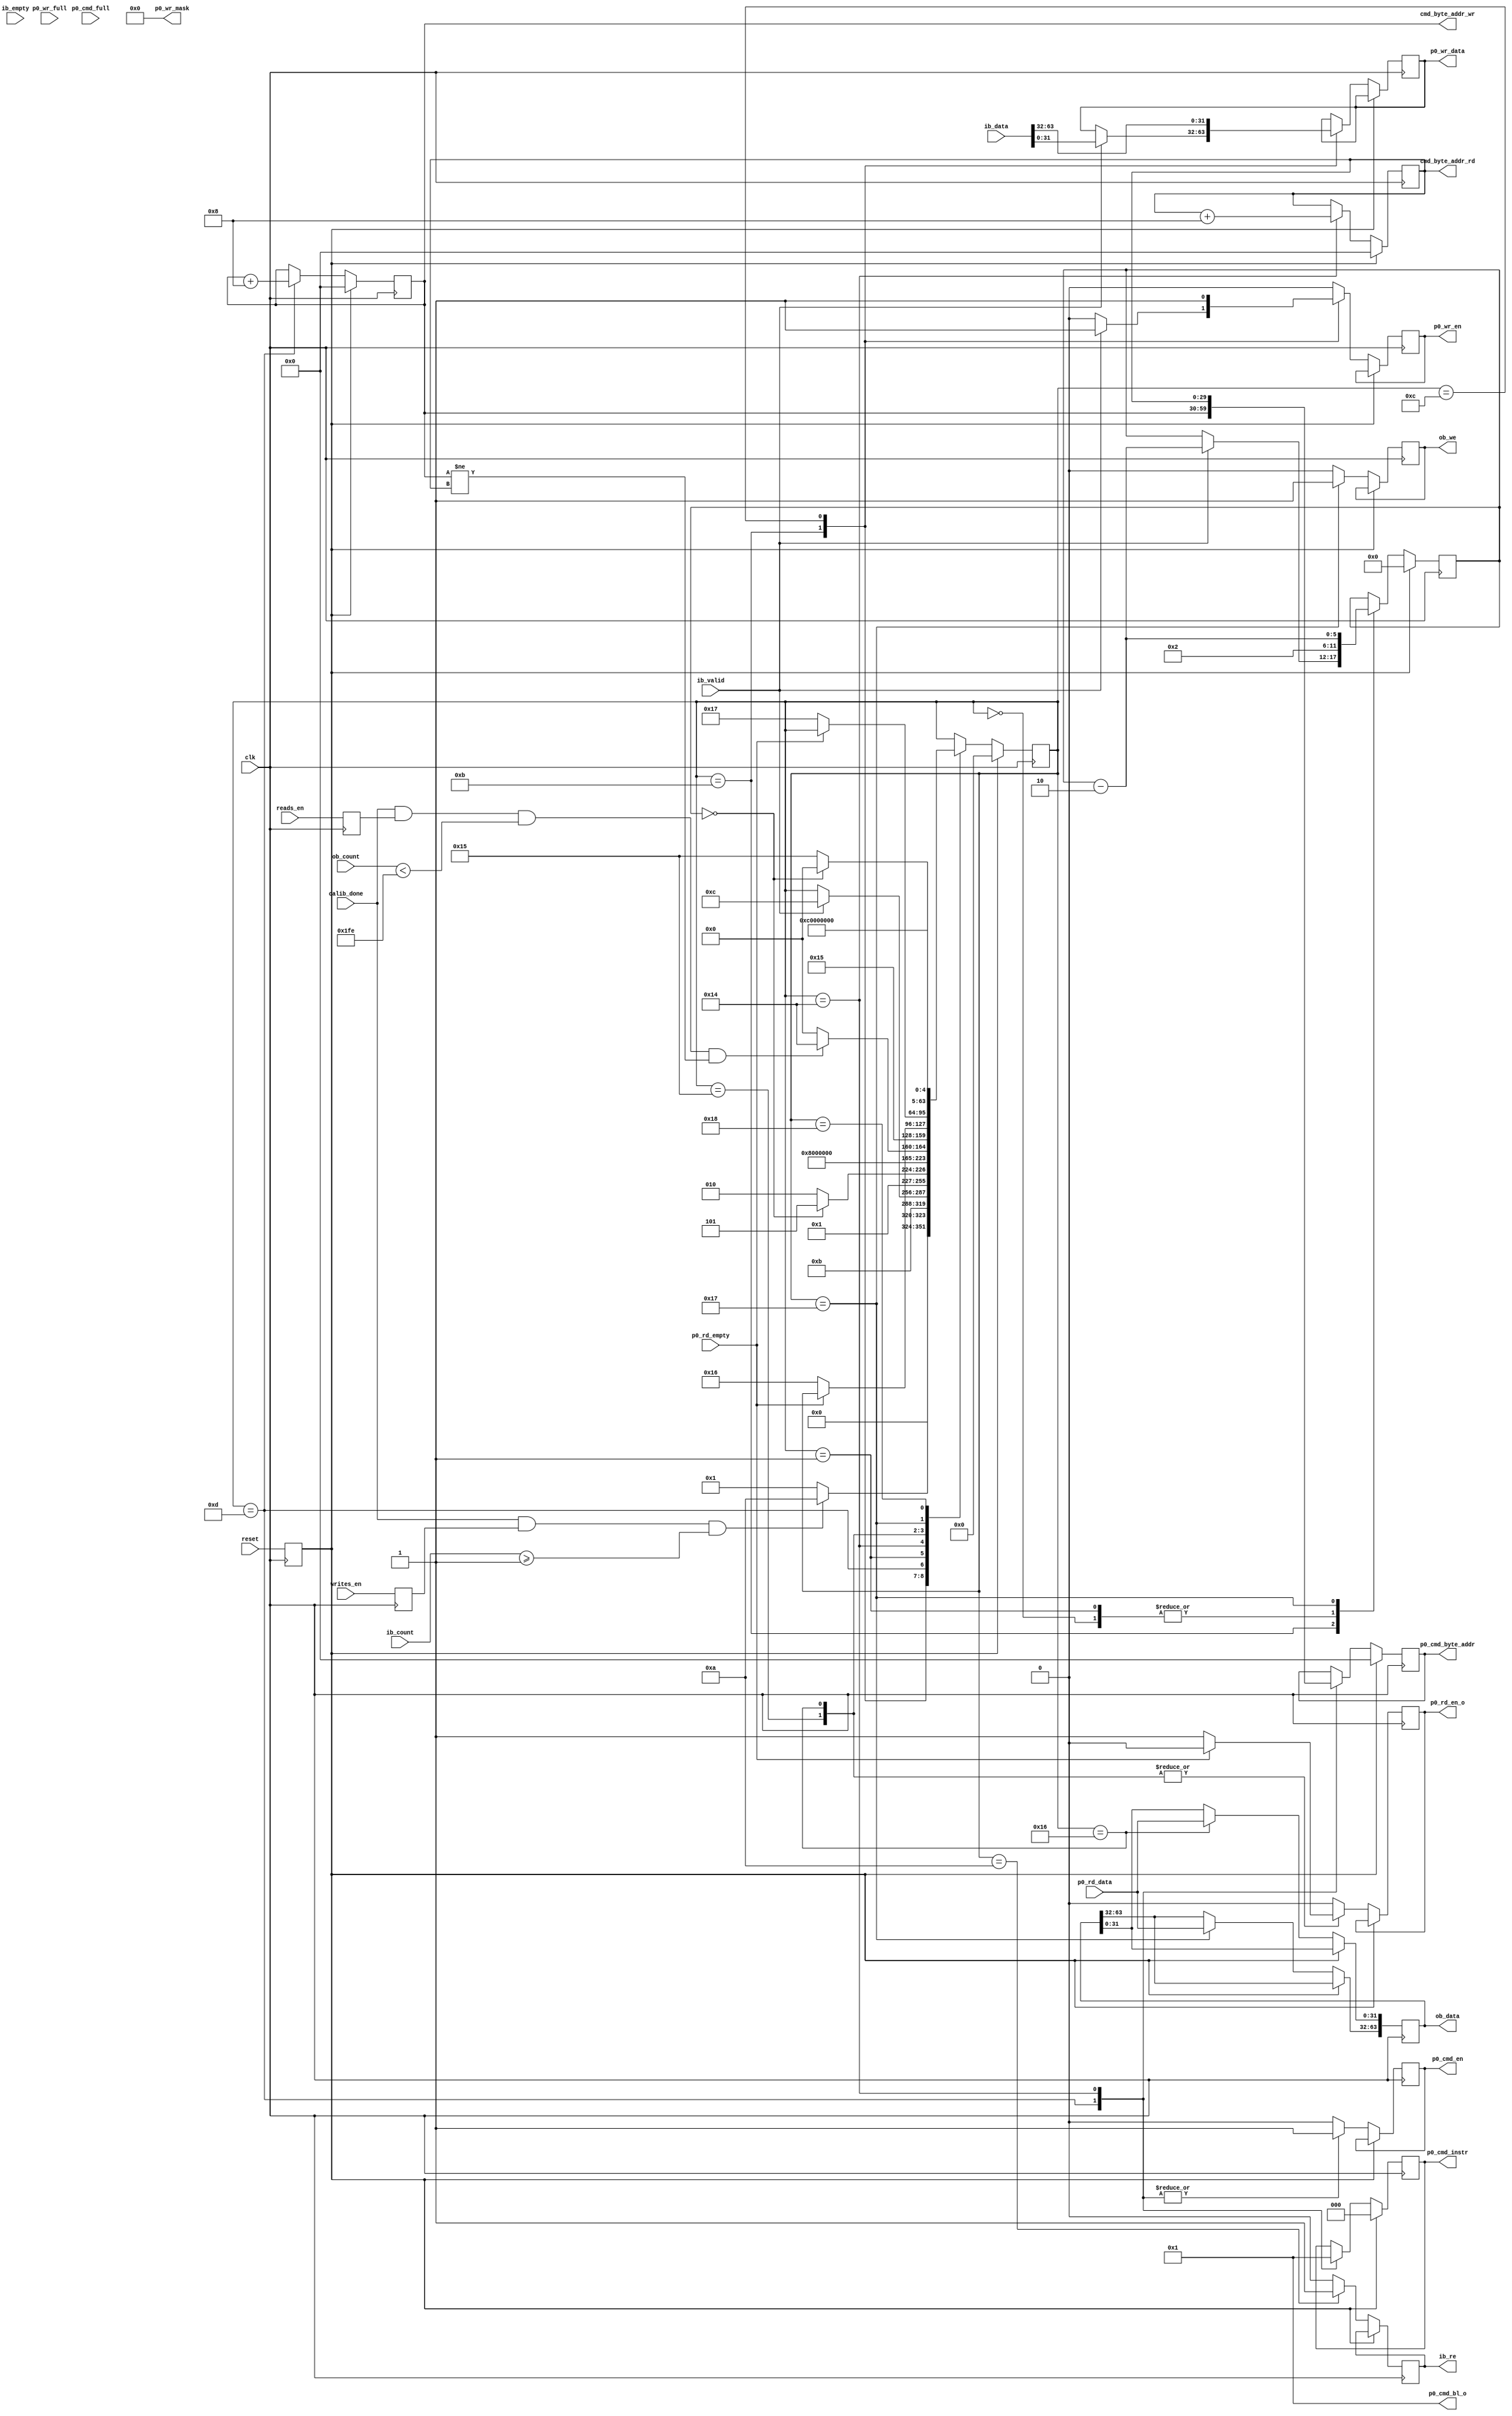
`timescale 1ns/1ps
//////////////////////////////////////////////////////////////////////////////////
// Company: 		 Intan Technologies, LLC
// 
// Design Name: 	 RHD2000 Rhythm Interface
// Module Name:    ddr2_state_machine
// Project Name:   Opal Kelly FPGA/USB RHD2000 Interface
// Target Devices: 
// Tool versions: 
// Description: 	 SDRAM memory controller read/write state machine
//                 Adapted from ddr2_test.v from Opal Kelly's RAMTester example
//
// Dependencies: 
//
// Revision: 
// Revision 0.01 - File Created
// Additional Comments: 
//
//////////////////////////////////////////////////////////////////////////////////

//`default_nettype none

module ddr2_state_machine
	(
	input  wire          clk,
	input  wire          reset,
	input  wire          writes_en,
	input  wire          reads_en,
	input  wire          calib_done, 
	//DDR Input Buffer (ib_)
	output reg           ib_re,
	input  wire [63:0]   ib_data,
	input  wire [8:0]    ib_count,
	input  wire          ib_valid,
	input  wire          ib_empty,
	//DDR Output Buffer (ob_)
	output reg           ob_we,
	output reg  [63:0]   ob_data,
	input  wire [8:0]    ob_count,
	
	output reg           p0_rd_en_o, 
	input  wire          p0_rd_empty,
	input  wire [31:0]   p0_rd_data,
	
	input  wire          p0_cmd_full,
	output reg           p0_cmd_en,
	output reg  [2:0]    p0_cmd_instr,
	output reg  [29:0]   p0_cmd_byte_addr,
	output wire [5:0]    p0_cmd_bl_o, 
	input  wire          p0_wr_full,
	output reg           p0_wr_en,
	output reg  [31:0]   p0_wr_data,
	output wire [3:0]    p0_wr_mask,
	
	output reg [29:0]    cmd_byte_addr_wr,
	output reg [29:0]    cmd_byte_addr_rd
	);

	localparam BURST_LEN      = 2;  // Number of 32-bit data chunks transferred per cycle
											  // Must be multiple of two!
											  //
											  // Note: This parameter was set to 32 in the Opal Kelly RAMTester example.
											  // We set this parameter to its minimum allowable value (2) and see no
											  // performance degradation.  With BURST_LEN set to 2, the FIFO accepts data
											  // in 2*32 = 64-bit chunks, so it reads 64/16 = 4 16-bit words in every cycle.
											  // Thus, it is important to ensure that every sampling time step transfers an
											  // integer multiple of 4 words to the FIFO.  Otherwise, we will end up with 1-3
											  // "leftover" data words that will not be accepted by the FIFO after sampling
											  // has paused or stopped.

	wire        rd_fifo_afull;
	reg  [5:0]  burst_cnt;

	reg         write_mode;
	reg         read_mode;
	reg         reset_d;


	assign p0_cmd_bl_o = BURST_LEN - 1;
	assign p0_wr_mask = 4'b0000;

	always @(posedge clk) write_mode <= writes_en;
	always @(posedge clk) read_mode <= reads_en;
	always @(posedge clk) reset_d <= reset;


	integer state;
	localparam s_idle1  = 0,
				  s_idle2  = 1,
				  s_write1 = 10,
				  s_write2 = 11,
				  s_write3 = 12,
				  s_write4 = 13,
				  s_read1 = 20,
				  s_read2 = 21,
				  s_read3 = 22,
				  s_read4 = 23,
				  s_read5 = 24;
	always @(posedge clk) begin
		if (reset_d) begin
			state           <= s_idle1;
			burst_cnt       <= 3'b000;
			cmd_byte_addr_wr  <= 0;
			cmd_byte_addr_rd  <= 0;
			p0_cmd_instr <= 3'b0;
			p0_cmd_byte_addr <= 30'b0;
		end else begin
			p0_cmd_en  <= 1'b0;
			p0_wr_en <= 1'b0;
			ib_re <= 1'b0;
			p0_rd_en_o   <= 1'b0;
			ob_we <= 1'b0;


			case (state)
				s_idle1: begin
					burst_cnt <= BURST_LEN;

					// Only start writing when initialization done and there is sufficient data present in the input FIFO buffer
					// Note: Input mini-FIFO should never contain more than BURST_LEN*2 16-bit words if RAM is fast
					if (calib_done==1 && write_mode==1 && (ib_count >= BURST_LEN/2)) begin
						state <= s_write1;
					end else begin
						state <= s_idle2;
					end
				end

				s_write1: begin
					state <= s_write2;
					ib_re <= 1'b1;
				end

				s_write2: begin
					if(ib_valid==1) begin
						p0_wr_data <= ib_data[31:0];
						p0_wr_en   <= 1'b1;
						burst_cnt <= burst_cnt - 2;
						state <= s_write3;
					end
				end
				
				s_write3: begin
					p0_wr_data <= ib_data[63:32];
					p0_wr_en   <= 1'b1;
					if (burst_cnt == 3'd0) begin
						state <= s_write4;
					end else begin
						state <= s_write1;
					end
				end
				
				s_write4: begin
					p0_cmd_en    <= 1'b1;
					p0_cmd_byte_addr    <= cmd_byte_addr_wr;
					cmd_byte_addr_wr <= cmd_byte_addr_wr + 4*BURST_LEN;
					p0_cmd_instr     <= 3'b000;
					state <= s_idle2;
				end
				
				s_idle2: begin
					burst_cnt <= BURST_LEN;

					// Only start reading when initialization done, there is room in the output FIFO buffer,
					// and (IMPORTANT, added this to ramtest code!) we are not reading past the point where data has been written!
					//                                                                  vvvvvvvvvvvvvvvvvvvvvvvvvvvvvvvvvvvv
					if (calib_done==1 && read_mode==1 && (ob_count<511-BURST_LEN/2) && (cmd_byte_addr_wr != cmd_byte_addr_rd) ) begin
						state <= s_read1;
					end else begin
						state <= s_idle1;
					end
				end

				s_read1: begin
					p0_cmd_byte_addr    <= cmd_byte_addr_rd;
					cmd_byte_addr_rd <= cmd_byte_addr_rd + 4*BURST_LEN;
					p0_cmd_instr     <= 3'b001;
					p0_cmd_en    <= 1'b1;
					state <= s_read2;
				end
				
				s_read2: begin
					if(p0_rd_empty==0) begin
						p0_rd_en_o   <= 1'b1;
						state <= s_read3;
					end
				end
				
				s_read3: begin
					ob_data[31:0] <= p0_rd_data;
					if(p0_rd_empty==0) begin
						p0_rd_en_o <= 1'b1;
						state <= s_read4;
					end			
				end
				
				s_read4: begin
					ob_data[63:32] <= p0_rd_data;
					ob_we <= 1'b1;
					burst_cnt <= burst_cnt - 2;
					state <= s_read5;
				end
				
				s_read5: begin
					if (burst_cnt == 3'd0) begin
						state <= s_idle1;
					end else begin
						state <= s_read2;
					end
				end
				
					
			endcase
		end
	end


endmodule